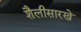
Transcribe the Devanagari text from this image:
शैलीसारखे